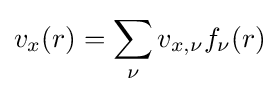
v_{x}(r)=\sum _{\nu }v_{x,\nu }f_{\nu }(r)